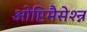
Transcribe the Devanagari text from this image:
ओप्टिमैसेश्न्न